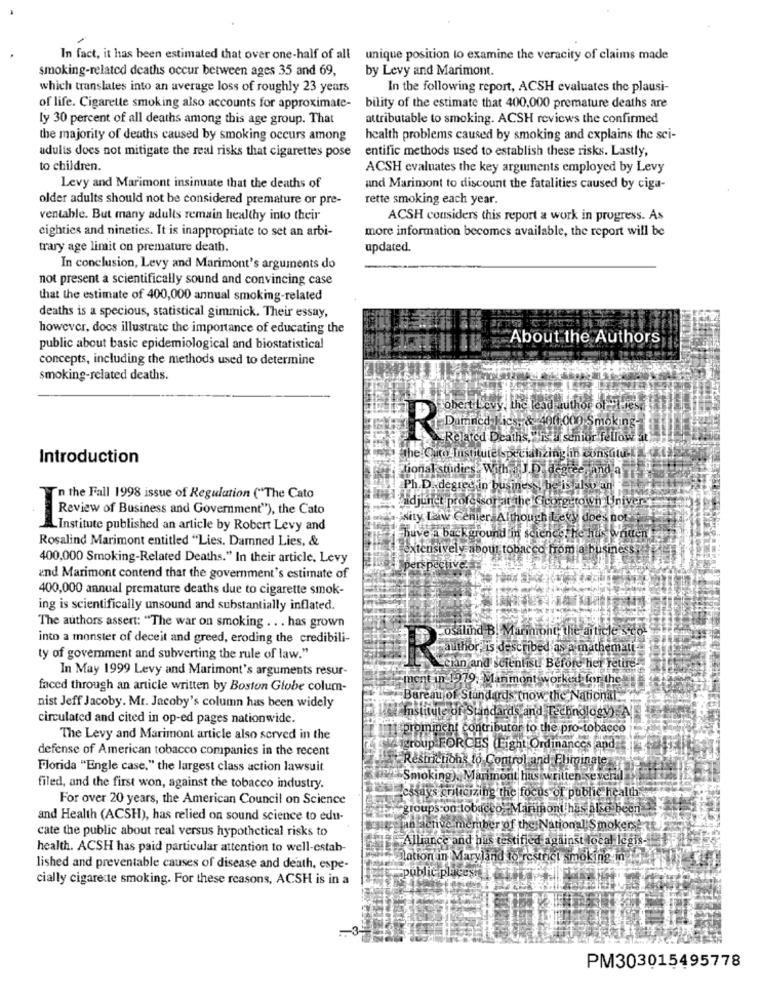
In fact, it has been estimated that over one-half of all unique position to examine the veracity of claims made
smoking-related deaths occur between ages 35 and 69.
by Levy and Marimont.
which translates into an average loss of roughly 23 years
In the following report, ACSH evaluates the plausi-
of life. Cigarette smoking also accounts for approximate-
bility of the estimate that 400,000 premature deaths are
ly 30 percent of all deaths among this age group. That
attributable to smoking. ACSH reviews the confirmed
the majority of deaths caused by smoking occurs among
health problems caused by smoking and explains the sci-
entific methods used to establish these risks. Lastly,
adults does not mitigate the real risks that cigarettes pose
to children.
ACSH evaluates the key arguments employed by Levy
Levy and Marimont insinuate that the deaths of
and Marimont to discount the fatalities caused by ciga-
older adults should not be considered premature or pre-
rette smoking each year.
ventable. But many adults remain healthy into their
ACSH considers this report a work in progress. As
eighties and nineties. It is inappropriate to set an arbi-
more information becomes available, the report will be
trary age limit on premature death.
updated.
In conclusion, Levy and Marimont's arguments do
not present a scientifically sound and convincing case
that the estimate of 400,000 annual smoking-related
deaths is a specious, statistical gimmick. Their essay,
however, docs illustrate the importance of educating the
About the Authors
public about basic epidemiological and biostatistical
concepts, including the methods used to determine
smoking-related deaths.
til evy, the lead author of flures
Praca Nic. & 400000 Smoking-
Related Deaths, is a senior fellow at
Introduction
the Orto Institute specializing in tingout
tional studies With .J.D. degree,
Ph.D.degree in business be
Isolan
in the Fall 1998 issue of Regulation ("The Cato
adjunct professor at the Georgetown Univer
Review of Business and Government"), the Cato
sity law Center Although Levy does not
Institute published an article by Robert Levy and
Rosalind Marimont entitled "Lies. Damned Lies, &
background in science, he has written
extensively about tobacco from a business ,
400,000 Smoking-Related Deaths." In their article. Levy
and Marimont contend that the government's estimate of
400,000 annual premature deaths due to cigarette smok-
ing is scientifically unsound and substantially inflated.
The authors assert: "The war on smoking .. . has grown
osalind B. Marmont, the article sco.
into a monster of deceit and greed, eroding the credibili-
ty of goverment and subverting the rule of law."
conor is described as a mathemati
In May 1999 Levy and Marimont's arguments resur-
cian and scientist! Before her retire
mont in 1979. Manmont worked for the
faced through an article written by Boston Globe colum-
Bareau of Standards (how the National
nist Jeff Jacoby. Mr. Jacoby's column has been widely
Institute of Standar
sand Technology) A
circulated and cited in op-ed pages nationwide.
prominent contribu
or to the pro-tobacco
The Levy and Marimont article also served in the
defense of American tobacco companies in the recent
igroup FORCES (Eight Ordinances and
Resmichons to Control and Eliminate
Florida "Engle case," the largest class action lawsuit
Smoking). Marimont has written sevenil
filed, and the first won, against the tobacco industry.
essays criticizing the focus of public health
For over 20 years, the American Council on Science
groups on lobact
Manimont has also Been
and Health (ACSH), has relied on sound science to edu-
cate the public about real versus hypothetical risks to
an active member of the National Smokers: 38
Alliance and hus testified against local legis-
health. ACSH has paid particular attention to well-estab-
lation in Maryland to restrict smokin
lished and preventable causes of disease and death, espe-
public placesh
cially cigarette smoking. For these reasons, ACSH is in a
PM303015495778